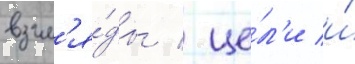
взгл'я́ды / це́л'и и́